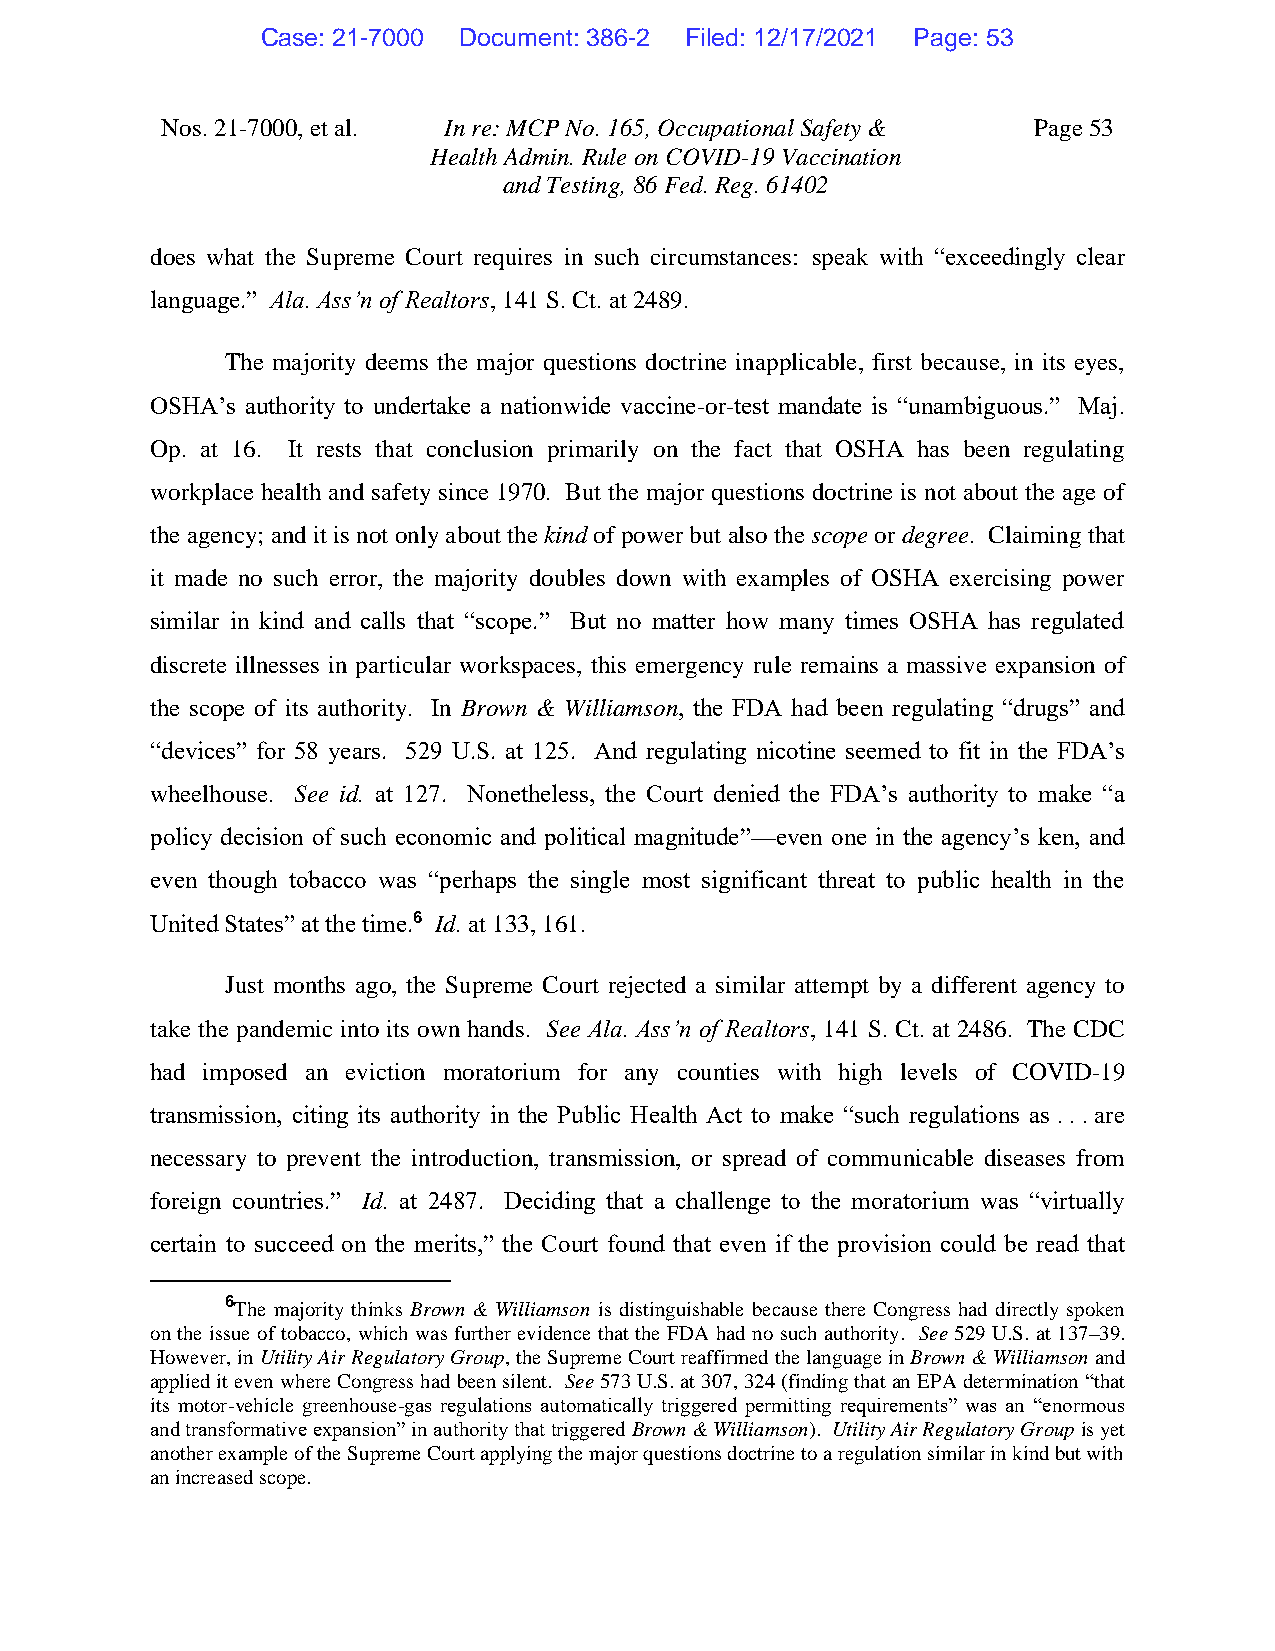
Case: 21-7000 Document: 386-2 Filed: 12/17/2021 Page: 53
 Nos. 21-7000, et al. In re: MCP No. 165, Occupational Safety & Page 53
 Health Admin. Rule on COVID-19 Vaccination
 and Testing, 86 Fed. Reg. 61402
 does what the Supreme Court requires in such circumstances: speak with “exceedingly clear
 language.” Ala. Ass’n of Realtors, 141 S. Ct. at 2489.
 The majority deems the major questions doctrine inapplicable, first because, in its eyes,
 OSHA’s authority to undertake a nationwide vaccine-or-test mandate is “unambiguous.” Maj.
 Op. at 16. It rests that conclusion primarily on the fact that OSHA has been regulating
 workplace health and safety since 1970. But the major questions doctrine is not about the age of
 the agency; and it is not only about the kind of power but also the scope or degree. Claiming that
 it made no such error, the majority doubles down with examples of OSHA exercising power
 similar in kind and calls that “scope.” But no matter how many times OSHA has regulated
 discrete illnesses in particular workspaces, this emergency rule remains a massive expansion of
 the scope of its authority. In Brown & Williamson, the FDA had been regulating “drugs” and
 “devices” for 58 years. 529 U.S. at 125. And regulating nicotine seemed to fit in the FDA’s
 wheelhouse. See id. at 127. Nonetheless, the Court denied the FDA’s authority to make “a
 policy decision of such economic and political magnitude”—even one in the agency’s ken, and
 even though tobacco was “perhaps the single most significant threat to public health in the
 United States” at the time.6 Id. at 133, 161.
 Just months ago, the Supreme Court rejected a similar attempt by a different agency to
 take the pandemic into its own hands. See Ala. Ass’n of Realtors, 141 S. Ct. at 2486. The CDC
 had imposed an eviction moratorium for any counties with high levels of COVID-19
 transmission, citing its authority in the Public Health Act to make “such regulations as . . . are
 necessary to prevent the introduction, transmission, or spread of communicable diseases from
 foreign countries.” Id. at 2487. Deciding that a challenge to the moratorium was “virtually
 certain to succeed on the merits,” the Court found that even if the provision could be read that
 6The majority thinks Brown & Williamson is distinguishable because there Congress had directly spoken
 on the issue of tobacco, which was further evidence that the FDA had no such authority. See 529 U.S. at 137–39.
 However, in Utility Air Regulatory Group, the Supreme Court reaffirmed the language in Brown & Williamson and
 applied it even where Congress had been silent. See 573 U.S. at 307, 324 (finding that an EPA determination “that
 its motor-vehicle greenhouse-gas regulations automatically triggered permitting requirements” was an “enormous
 and transformative expansion” in authority that triggered Brown & Williamson). Utility Air Regulatory Group is yet
 another example of the Supreme Court applying the major questions doctrine to a regulation similar in kind but with
 an increased scope.